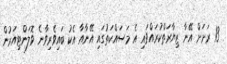
13 ރަށަށް އޭނާ ޒިޔާރަތްކުރައްވައި އެ މަސައްކަތުގައި އޭނާއާ އެކު ބައިވެރިވާނެ ވޮލަންޓިއަރުން